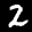
Label: 2